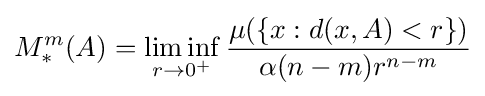
M_{*}^{m}(A)=\liminf _{r\to 0^{+}}{\frac {\mu (\{x:d(x,A)<r\})}{\alpha (n-m)r^{n-m}}}